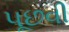
પૂછવી